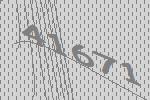
41671